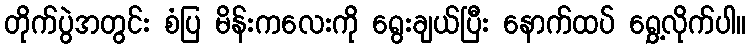
တိုက်ပွဲအတွင်း စံပြ မိန်းကလေးကို ရွေးချယ်ပြီး နောက်ထပ် ရွှေ့လိုက်ပါ။